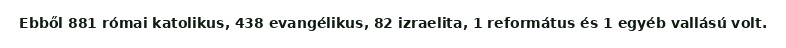
Ebből 881 római katolikus, 438 evangélikus, 82 izraelita, 1 református és 1 egyéb vallású volt.